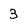
Character: 3